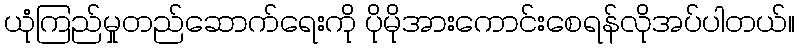
ယုံကြည်မှုတည်ဆောက်ရေးကို ပိုမိုအားကောင်းစေရန်လိုအပ်ပါတယ်။